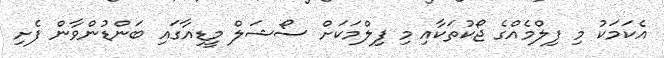
އެކަމަކު މި ފިލްމެއްގެ ޖޯކުތަކާއި މި ފިލްމަކަށް ސޯޝަލް މީޑިއާގައި ބަންޑުންވާން ފެށި